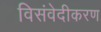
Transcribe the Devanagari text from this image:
विसंवेदीकरण